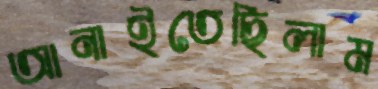
আনাইতেছিলাম